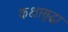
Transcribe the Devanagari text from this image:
कक्षासुद्धा